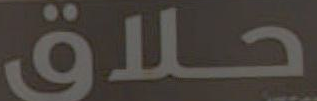
حلاق